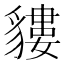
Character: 貗